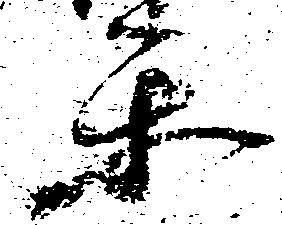
楽